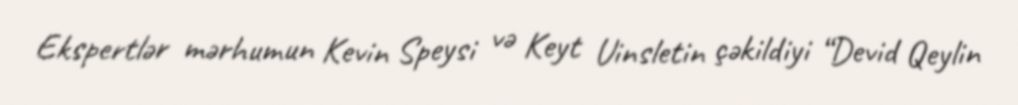
Ekspertlər mərhumun Kevin Speysi və Keyt Uinsletin çəkildiyi “Devid Qeylin